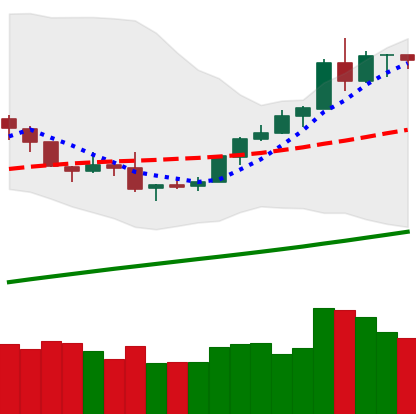
Ticker: BTC-USD
Chart end date: 2019-08-09
Forward return: -15.268%
Label: down_7plus